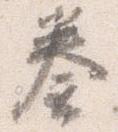
奏